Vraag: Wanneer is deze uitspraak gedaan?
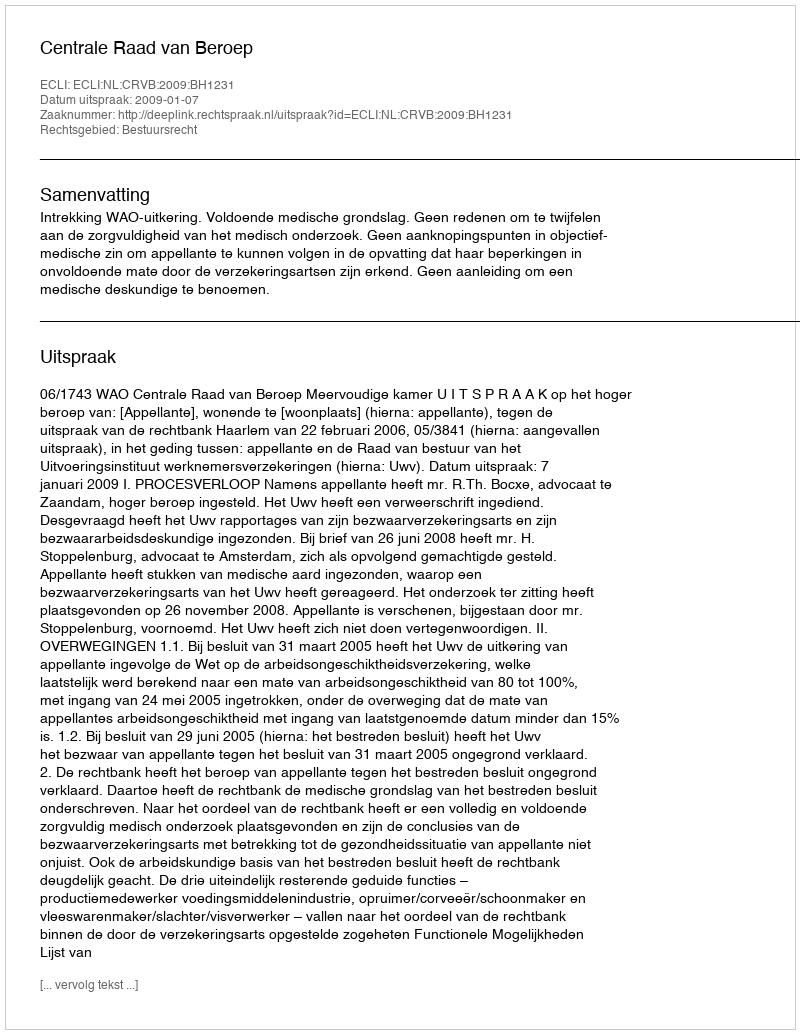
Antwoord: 2009-01-07